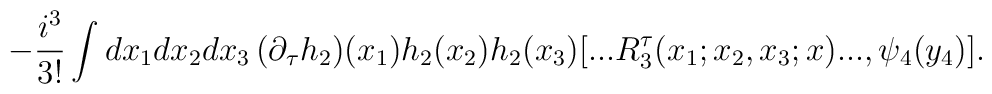
-\frac{i^{3}}{3!}\int dx_{1}dx_{2}dx_{3}\,(\partial _{\tau}h_{2})(x_{1})h_{2}(x_{2})h_{2}(x_{3})[...R_{3}^{\tau}(x_{1};x_{2},x_{3};x)...,\psi _{4}(y_{4})].